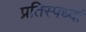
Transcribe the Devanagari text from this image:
प्रतिस्पर्ध्दा